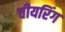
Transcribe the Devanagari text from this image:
चीयरिंग